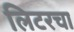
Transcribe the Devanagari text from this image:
लिटरचा